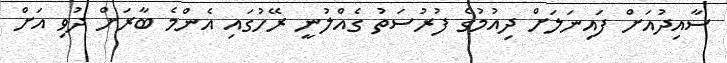
ސާއިދުއަށް ފައިނަލަށް ދިއުމުގެ ފުރުސަތު ގެއްލުނީ ރޭހުގައި އެންމެ ބާރަށް ދުވި އަށް